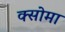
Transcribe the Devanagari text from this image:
क्सोमा